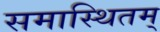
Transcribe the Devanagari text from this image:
समास्थितम्